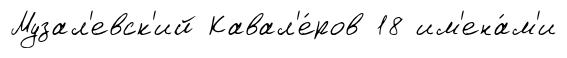
Музал'евск'ий Кавал'е́ров 18 им'ена́м'и